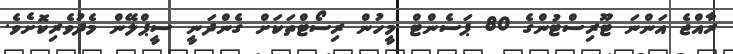
ރާއްޖެ އަންނަ ޓޫރިސްޓުންގެ 80 ޕަސެންޓް މީހުން ރިސޯޓްތަކަށް ގެންދަނީ ސީޕްލޭން މެދުވެރިކޮށެވެ.